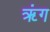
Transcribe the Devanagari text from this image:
ॠंग